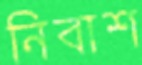
নিবাশ